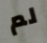
لم